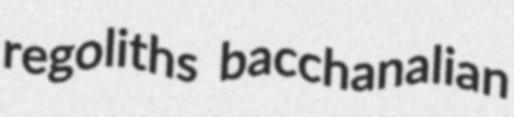
regoliths bacchanalian